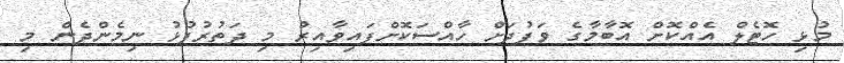
މުޅި ހޮޓެލް އެއްކޮށް އޮބާމާގެ ވަފުދަށް ހާއްސަކޮށްފައިވާއިރު މި ދަތުރުފުޅު ނިމެންދެން މި